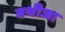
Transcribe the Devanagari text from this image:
बथीजा